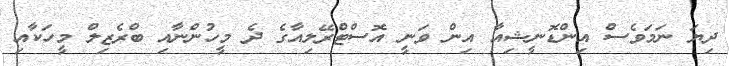
ދިޔަ ނަމަވެސް އިންޑޮނީޝިއާ އިން ވަނީ އޮސްޓްރޭލިއާގެ ދެ މީހުންނާއި ބްރެޒިލް މީހަކާއި